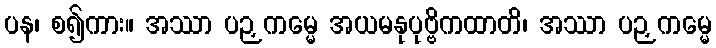
ပန၊ စ၍ကား။ အဿာ ပဉှကမ္မေ အယမနုပုဗ္ဗိကထာတိ၊ အဿာ ပဉှကမ္မေ